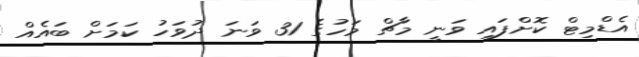
އެޑްމިޓް ކޮށްފައި ވަނީ މާޗް މަަހުގެ 31 ވަނަ ދުވަހު ކަމަށް ބައެއް